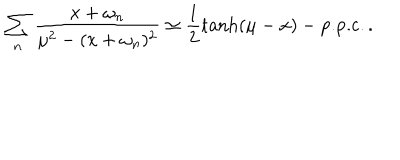
LaTeX: \sum _ { n } \frac { x + \omega _ { n } } { \mu ^ { 2 } - ( x + \omega _ { n } ) ^ { 2 } } \simeq \frac { 1 } { 2 } \tanh ( \mu - x ) - \mathrm { p . p . c . } \, .